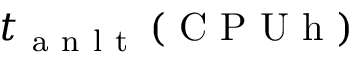
t _ { \mathrm { ~ a ~ n ~ l ~ t ~ } } \left( \mathrm { ~ C ~ P ~ U ~ h ~ } \right)